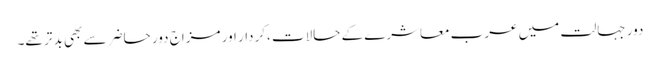
دورِ جہالت میں عرب معاشرے کے حالات ،کردار اور مزاج دورِ حاضر سے بھی بد تر تھے۔